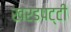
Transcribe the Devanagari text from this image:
खरडपट्टी